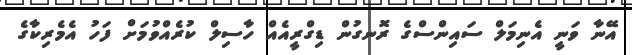
އޭނާ ވަނީ އެނިމަލް ސައިންސްގެ ރޮނގުން ޑިގްރީއެއް ހާސިލް ކުރެއްވުމަށް ފަހު އެމެރިކާގެ